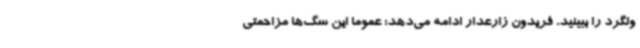
ولگرد را ببینید. فریدون زارعدار ادامه می‌دهد: عموما این سگ‌ها مزاحمتی